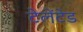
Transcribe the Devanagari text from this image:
टेलेंटेड